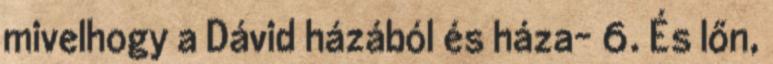
mivelhogy a Dávid házából és háza− 6. És lőn,